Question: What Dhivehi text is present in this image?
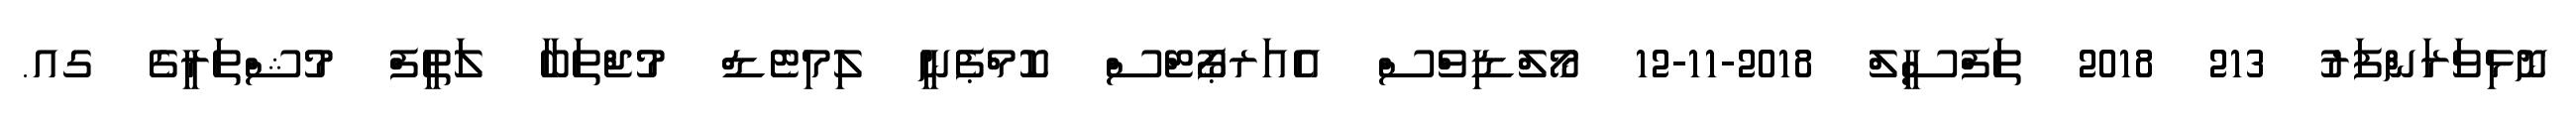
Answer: ނޮޅިވަރަންފަރު 213 2018 ތަފްސީލް 2018-11-12 މޯލްޑިވްސް އެއަރޕޯޓްސް ކޮމްޕެނީ ލިމިޓެޑް މުޖްތަބާ ލަޠީފް މުޝްތަރީގެ ގއ.